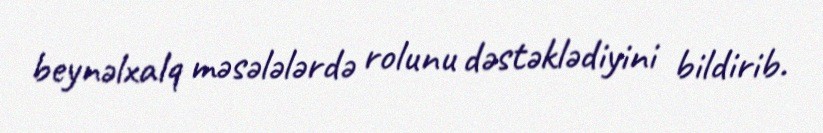
beynəlxalq məsələlərdə rolunu dəstəklədiyini bildirib.